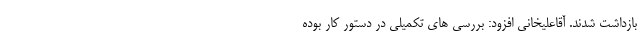
بازداشت شدند. آقاعلیخانی افزود: بررسی های تکمیلی در دستور کار بوده